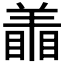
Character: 𰭜